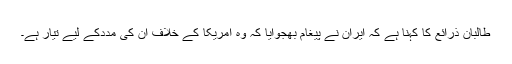
طالبان ذرائع کا کہنا ہے کہ ایران نے پیغام بھجوایا کہ وہ امریکا کے خلاف اُن کی مددکے لیے تیار ہے۔